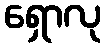
ရှောလု